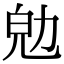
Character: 𠡞